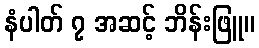
နံပါတ် ၇ အဆင့် ဘိန်းဖြူ။